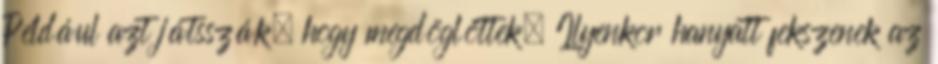
Például azt játsszák, hogy megdöglöttek. Ilyenkor hanyatt fekszenek az